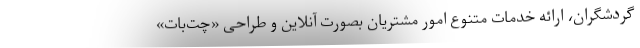
گردشگران، ارائه خدمات متنوع امور مشتریان بصورت آنلاین و طراحی «چت‌بات»